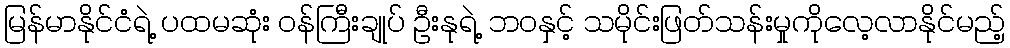
မြန်မာနိုင်ငံရဲ့ ပထမဆုံး ဝန်ကြီးချုပ် ဦးနုရဲ့ ဘဝနှင့် သမိုင်းဖြတ်သန်းမှုကိုလေ့လာနိုင်မည့်